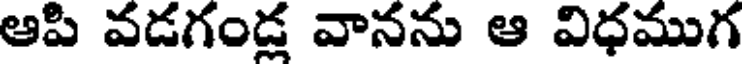
ఆపి వడగండ్ల వానను ఆ విధముగ